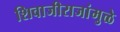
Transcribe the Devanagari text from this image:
शिवाजीराजांमुळे